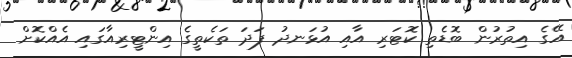
އޭގެ އިތުރުން ބޮޑެތި ކޮޓަރި އާއި އުޅަނދު ފަދަ ތަކެތީގެ އިންޓީރިއާގައި އެއްކޮށް